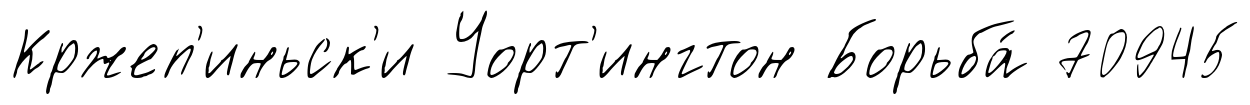
Кржеп'иньск'и Уорт'ингтон Борьба́ 70945